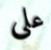
على